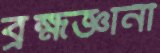
ব্রহ্মজ্ঞানী